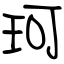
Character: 珂